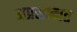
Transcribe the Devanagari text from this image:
अप्रसन्नत